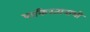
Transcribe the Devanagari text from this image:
पाकिस्तानाशी